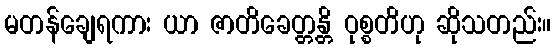
မတန်ချေရကား ယာ ဇာတိခေတ္တန္တိ ဝုစ္စတိဟု ဆိုသတည်း။